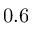
0 . 6